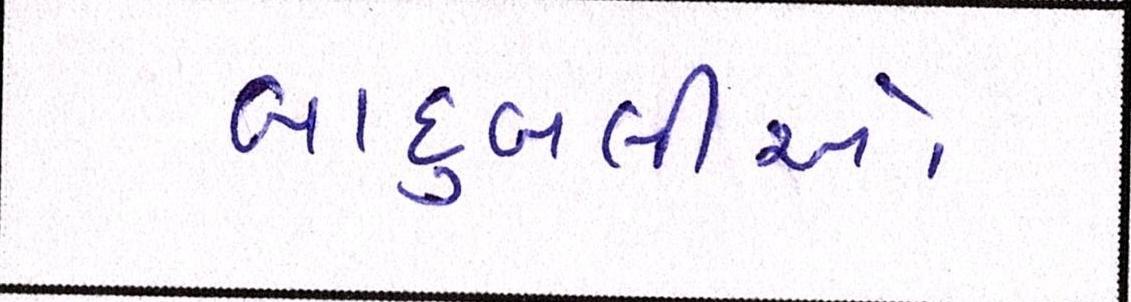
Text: બાદુબલીઓ